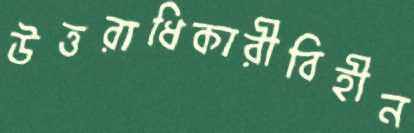
উত্তরাধিকারীবিহীন